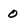
Character: 0